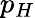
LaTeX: p_{H}